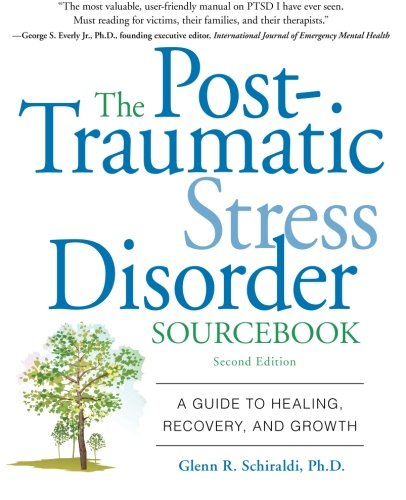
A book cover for The Post-Traumatic Stress Disorder Sourcebook: A Guide to Healing, Recovery, and Growth; Glenn Schiraldi; Self-Help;